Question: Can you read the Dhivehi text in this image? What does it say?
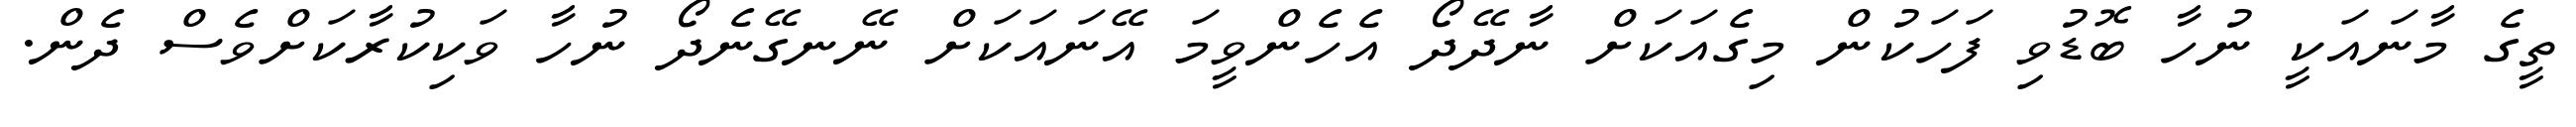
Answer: ތީގެ މާނައަކީ ނުހާ ބޮޑުވި ފަހަކުން މިގެއަކަށް ނާދޭދޯ އެހެންވީމަ އޭނައަކަށް ނޭނގޭނެދޯ ނުހާ ވަކިކުރާކަށްވެސް ދެން.